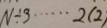
N \div 3 \cdots 2 ( 2 )